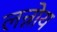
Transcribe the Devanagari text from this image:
लन्नोय